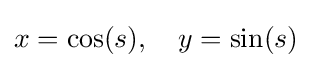
x=\cos(s),\quad y=\sin(s)